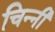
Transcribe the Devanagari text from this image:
चिन्नी